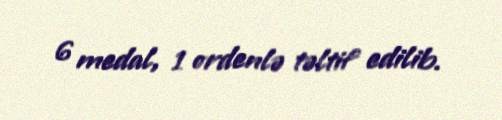
6 medal, 1 ordenlə təltif edilib.